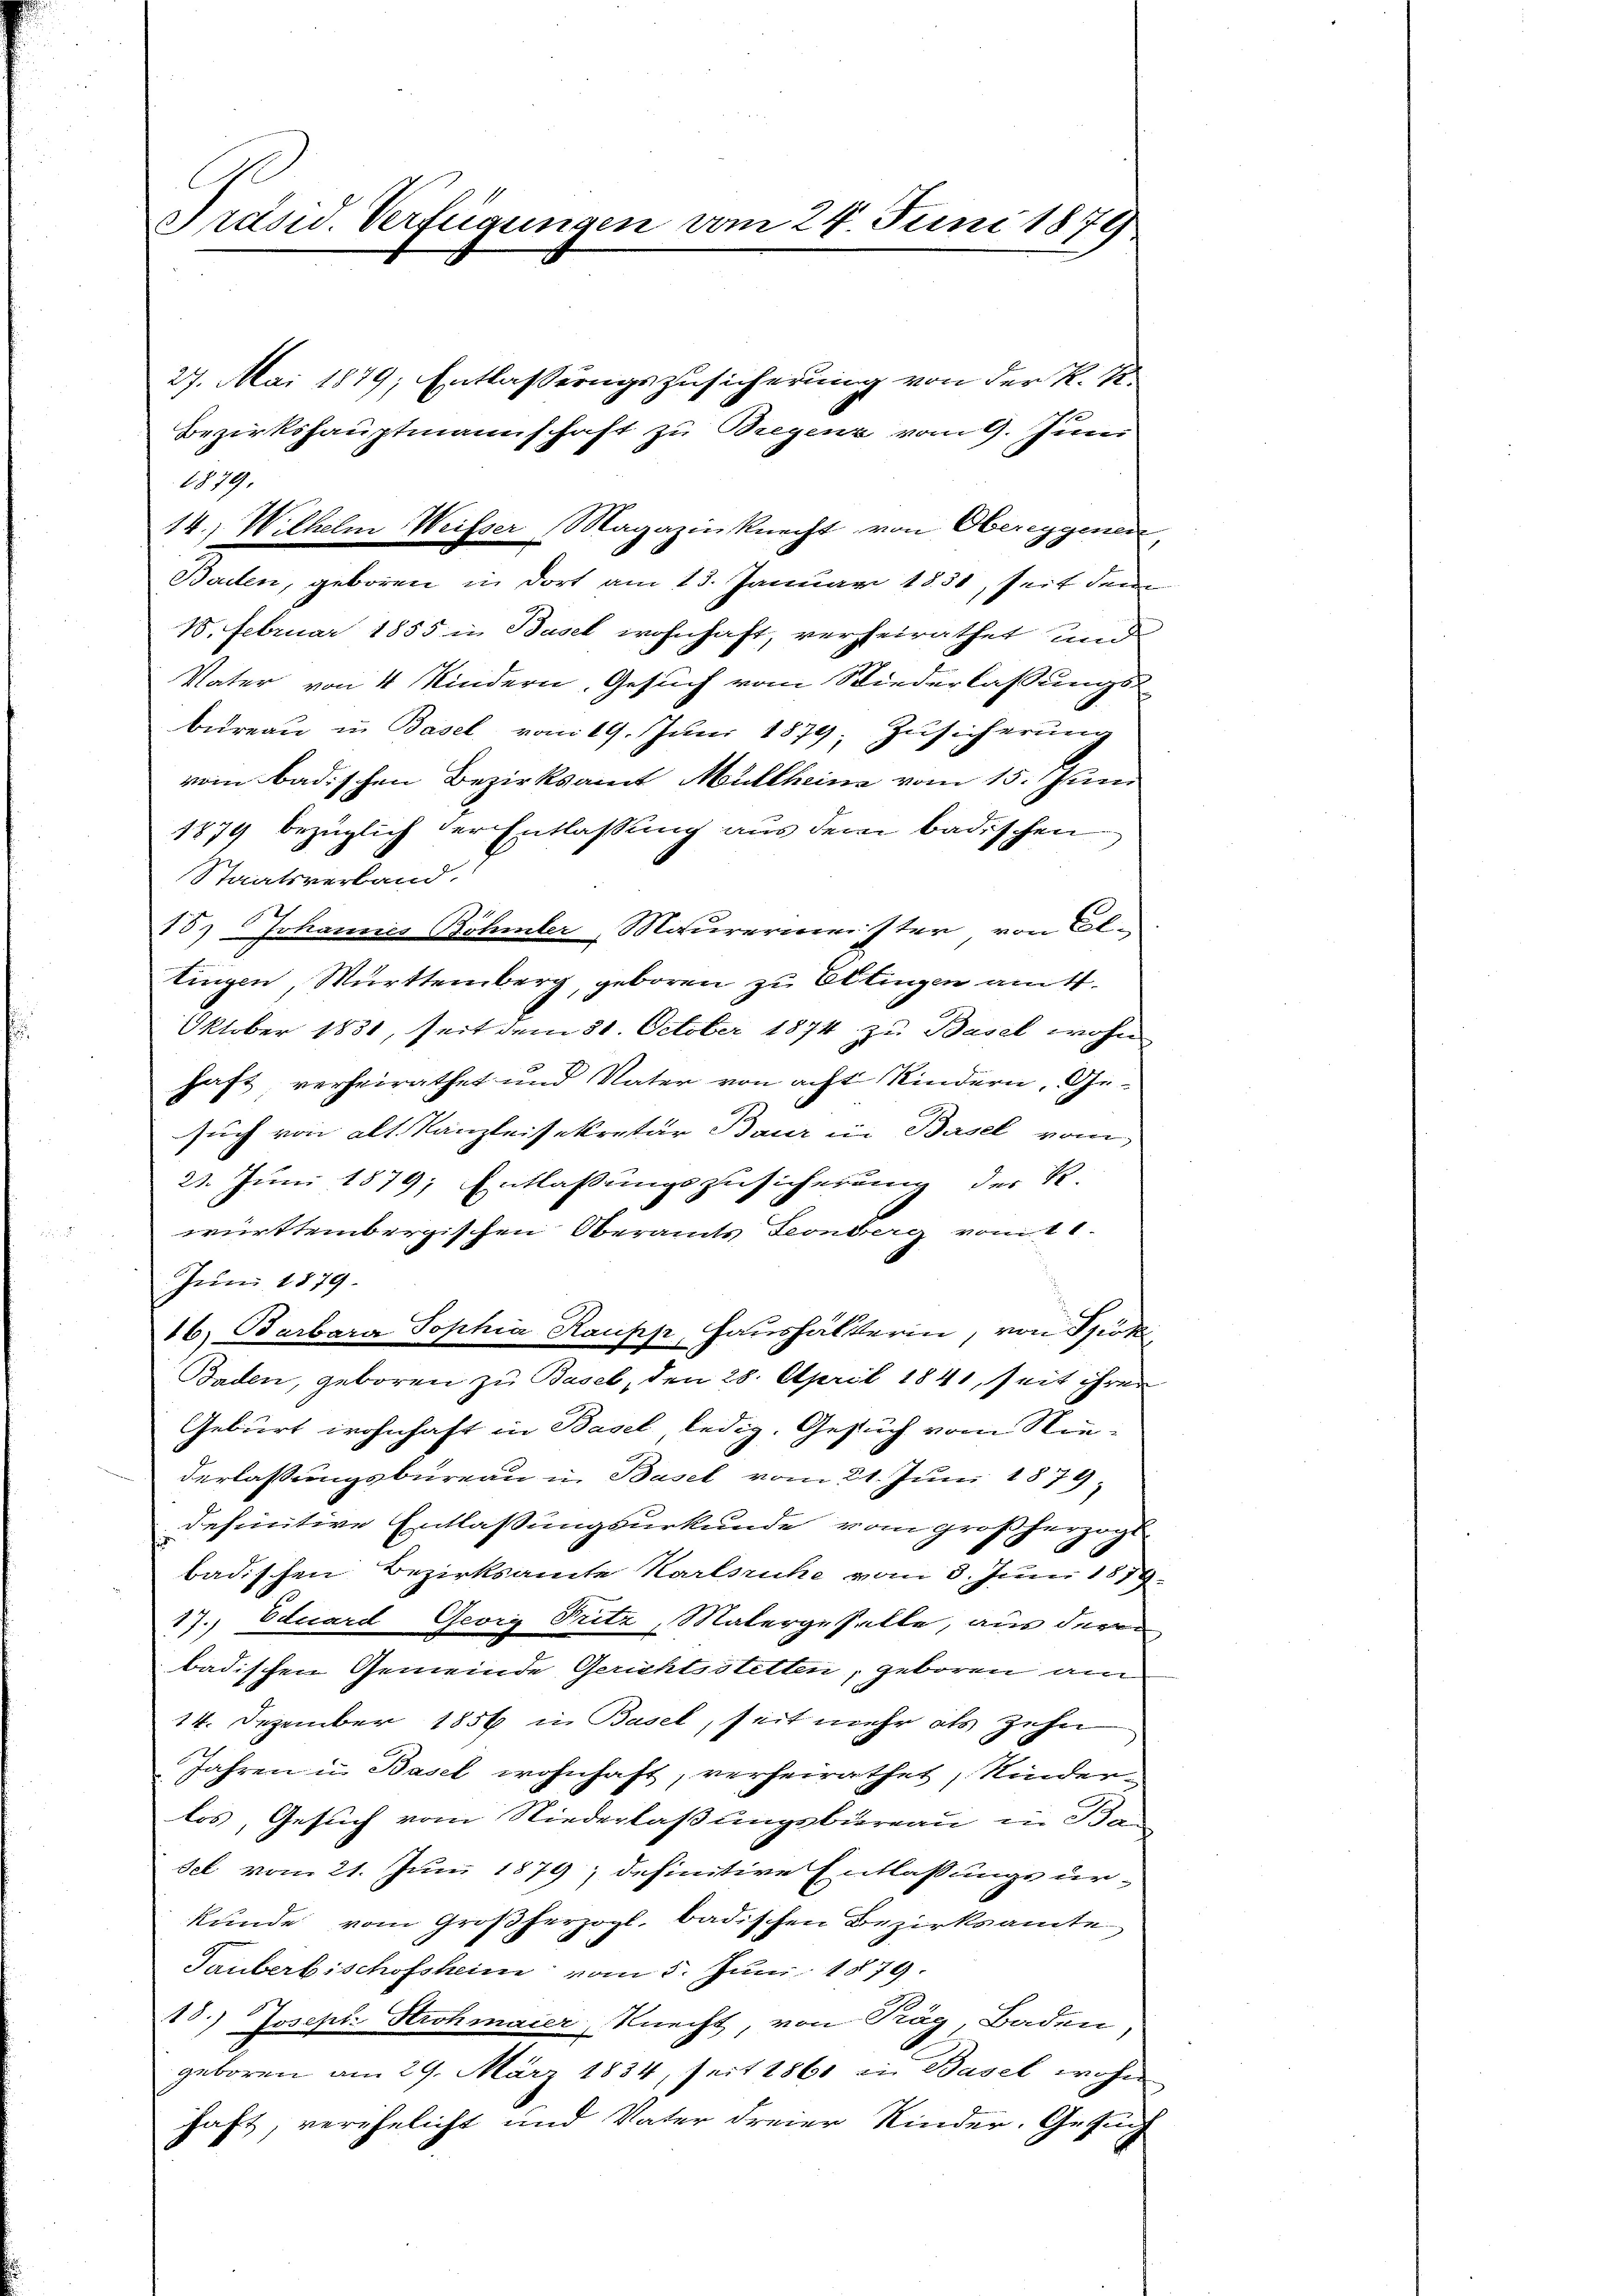
Präsid. Verfügungen vom 24. Juni 1879

1. Februar 1855 in Basel wohnhaft, verheirathet und
Vater von 4 Kindern, Gesuch vom Niederlassungsbureau in Basel vom 19. Juni 1879; Zusicherung
vom badischen Bezirksamt Müllheine vom 15. Juni
1879 bezüglich der Entlassung aus dem badischen
Staatsverband.
18.) Johannes Böhmler, Maurermeister von Eltingen, Württemberg, geboren zu Ettingen amt
Oktober 1851, seit dem 31. October 1874 zu Basel wohn
haft, verheirathet und Vater von acht Kindern, Gesuch von alt. Kanzleisekretär Baur in Basel vom
21. Juni 1879; Entlassungszusicherung der R.
württembergischen Oberamts Teonberg vom 11.
Juni 1879.
16) Barbara Sophia Raupp, Haushälterin, von Spöt
Baden, geboren zu Basel, den 28. April 1841, seit ihren
Geburt wohnhaft in Basel ledig. Gesuch vom Niederlassungsbureau in Basel vom 21. Juni 1879
definitive Entlassungsurkunde vom großherzogt
badischen Bezirksamte Karlsruhe vom 3. Juni 1878
17. Eduard Georg Pritz, Matergehalte, aus deren
badischen Gemeinde Gerichtsstelten, geboren an
14. Dezember 1856 in Basel, seit mehr als Zehn
Jahren in Basel wohnhaft, verheirathet, Kinderlos, Gesuch vom Niederlaßungsbureau in Ba
sel vom 21. Juni 1879, definitive Entlassungsur-
kunde vom Großherzogl. badischen Bezirksamte
Tauberbischofsheim vom 5. Juni 1879.
18.) Josepi. Strohmaier Knecht, von Prag, Baden,
geboren am 29. März 1834, seit 1861 in Basel wohn
haft, verehelicht und Vater dreier Kinder, Gesung

1879.
14.) Wilhelm Weisser Magazinknecht von Obereggenen
Baden, geboren in dort am 13. Januar 1831, seit dem

Bezirkshauptmannschaft zu Bregenz vom 9. Juni

27. Mai 1879; Entlassungszusicherung von der K. K.

a